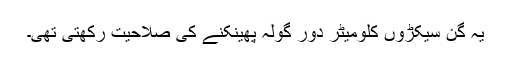
یہ گن سیکڑوں کلومیٹر دور گولہ پھینکنے کی صلاحیت رکھتی تھی۔